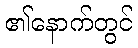
၏နောက်တွင်